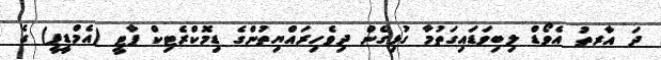
ދަ އާރތު އެވޯޑް ލިބިވަޑައިގަތުމާ ގުޅިގެން ދިވެހިރައްޔިތުންގެ ޑިމޮކްރެޓިކް ޕާޓީ (އެމްޑީޕީ) ގެ